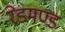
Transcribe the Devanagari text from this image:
रेडमण्ड